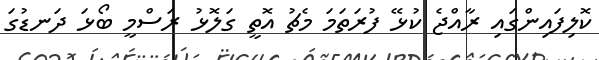
ކޮލިފައިންގައި ރާއްޖެ ކުޅޭ ފުރަތަމަ މެޗު އޮތީ ގަލޮޅު ރަސްމީ ބޯޅަ ދަނޑުގަ